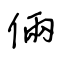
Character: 倆